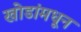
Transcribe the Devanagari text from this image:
खोडांमधून